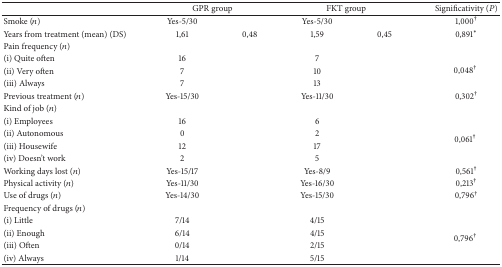
<table><thead><tr><td><b> </b></td><td colspan="2"><b>GPR group</b></td><td colspan="2"><b>FKT group</b></td><td><b>Significativity (<i>P</i>)</b></td></tr></thead><tbody><tr><td>Smoke (<i>n</i>)</td><td>Yes-5/30</td><td> </td><td>Yes-5/30</td><td> </td><td>1,000<sup>†</sup></td></tr><tr><td>Years from treatment (mean) (DS)</td><td>1,61</td><td>0,48</td><td>1,59</td><td>0,45</td><td>0,891<sup>*</sup></td></tr><tr><td>Pain frequency (<i>n</i>)</td><td> </td><td> </td><td> </td><td> </td><td> </td></tr><tr><td>(i) Quite often </td><td>16</td><td> </td><td>7</td><td> </td><td rowspan="3">0,048<sup>†</sup></td></tr><tr><td>(ii) Very often</td><td>7</td><td> </td><td>10</td><td> </td></tr><tr><td>(iii) Always </td><td>7</td><td> </td><td>13</td><td> </td></tr><tr><td>Previous treatment (<i>n</i>)</td><td>Yes-15/30</td><td> </td><td>Yes-11/30</td><td> </td><td>0,302<sup>†</sup></td></tr><tr><td>Kind of job (<i>n</i>)</td><td> </td><td> </td><td> </td><td> </td><td> </td></tr><tr><td>(i) Employees</td><td>16</td><td> </td><td>6</td><td> </td><td rowspan="4">0,061<sup>†</sup></td></tr><tr><td>(ii) Autonomous</td><td>0</td><td> </td><td>2</td><td> </td></tr><tr><td>(iii) Housewife</td><td>12</td><td> </td><td>17</td><td> </td></tr><tr><td>(iv) Doesn&#x27;t work</td><td>2</td><td> </td><td>5</td><td> </td></tr><tr><td>Working days lost (<i>n</i>)</td><td>Yes-15/17</td><td> </td><td>Yes-8/9</td><td> </td><td>0,561<sup>†</sup></td></tr><tr><td>Physical activity (<i>n</i>)</td><td>Yes-11/30</td><td> </td><td>Yes-16/30</td><td> </td><td>0,213<sup>†</sup></td></tr><tr><td>Use of drugs (<i>n</i>)</td><td>Yes-14/30</td><td> </td><td>Yes-15/30</td><td> </td><td>0,796<sup>†</sup></td></tr><tr><td>Frequency of drugs (<i>n</i>)</td><td> </td><td> </td><td> </td><td> </td><td> </td></tr><tr><td>(i) Little </td><td>7/14</td><td> </td><td>4/15</td><td> </td><td rowspan="4">0,796<sup>†</sup></td></tr><tr><td>(ii) Enough</td><td>6/14</td><td> </td><td>4/15</td><td> </td></tr><tr><td>(iii) Often</td><td>0/14</td><td> </td><td>2/15</td><td> </td></tr><tr><td>(iv) Always </td><td>1/14</td><td> </td><td>5/15</td><td> </td></tr></tbody></table>